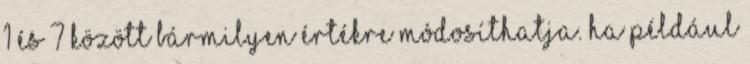
1 és 7 között bármilyen értékre módosíthatja. Ha például